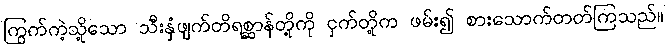
ကြွက်ကဲ့သို့သော သီးနှံဖျက်တိရစ္ဆာန်တို့ကို ငှက်တို့က ဖမ်း၍ စားသောက်တတ်ကြသည်။